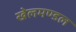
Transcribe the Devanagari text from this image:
खेलमण्डल